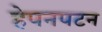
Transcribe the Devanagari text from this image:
हेपनपटन